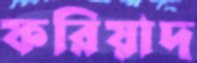
ফরিয়াদ